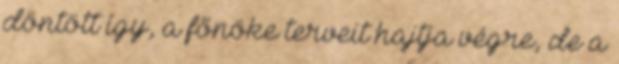
döntött így, a főnöke terveit hajtja végre, de a